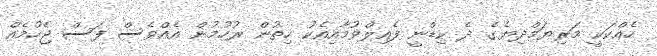
ހެއްކަކީ މަރިޔަމްދިޔެގެ ދެ ކިޑްނީ ފެއިލްވުމާއިއެކު ހިތުން ރުހުމުން އެއްވެސް ފަސް ޖެހުމެއް